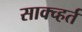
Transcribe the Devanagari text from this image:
साक्च्हर्त